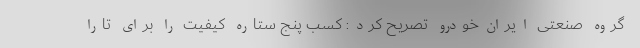
گروه صنعتی ایران‌خودرو تصریح کرد:‌ کسب پنج ستاره کیفیت را برای تارا